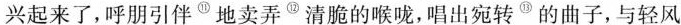
兴起来了,呼朋引伴^{⑪}地卖弄^{⑫}清脆的喉咙,唱出宛转^{⑬}的曲子,与轻风